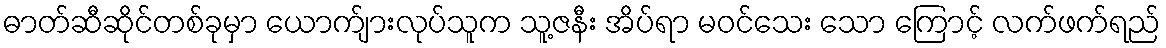
ဓာတ်ဆီဆိုင်တစ်ခုမှာ ယောက်ျားလုပ်သူက သူ့ဇနီး အိပ်ရာ မဝင်သေး သော ကြောင့် လက်ဖက်ရည်